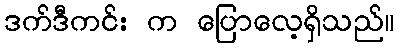
ဒက်ဒီကင်း က ပြောလေ့ရှိသည်။